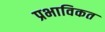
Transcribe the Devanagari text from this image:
प्रभाविकत